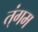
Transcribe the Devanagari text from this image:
त्ंगम